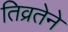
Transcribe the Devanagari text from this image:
तिव्रतेने